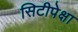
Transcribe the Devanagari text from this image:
सिटीपेक्षा